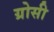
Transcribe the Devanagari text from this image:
ग्रोसी